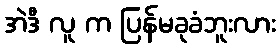
အဲဒီ လူ က ပြန်မခုခံဘူးလား